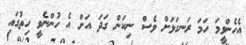
އެހެންވީމަ ހަމަ ރަނގަޅަށް ވެސް ނިކަން ގަދަ އަށް އެ ހުންނެވީ ހިތުގައި